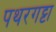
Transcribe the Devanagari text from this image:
पथरगट्टा